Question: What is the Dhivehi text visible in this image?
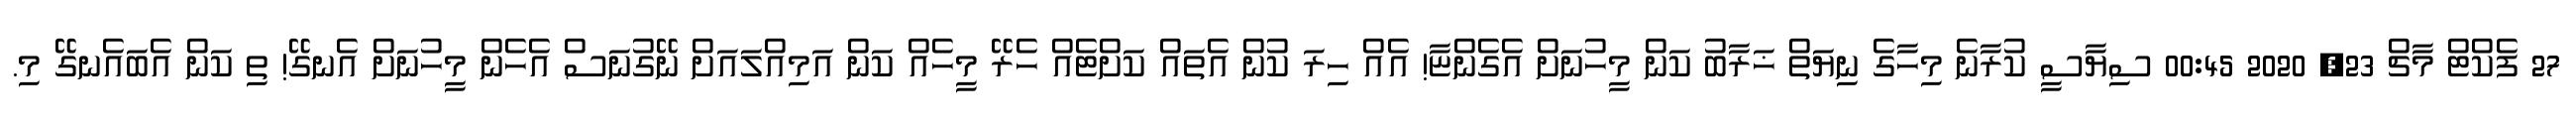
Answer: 27 ފެކްޓް މާޗް 23, 2020 00:45 ސިޔާސީ ކުރާނެ މިހާގެ ނިޔަތް ޚަރާބު ކަން މީހުނަށް އެގެންޏާ! އެއް ހިރަ ކުން އެތައް ކަށްޓެއް ހެރޭ މީހެއް ކަން އަމިއްލައަށް ނޭގުނަސް އެހެން މީހުނަށް އެނގޭ! ތި ކަން އެބައެނގޭ މި.